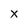
Character: x